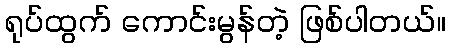
ရုပ်ထွက် ကောင်းမွန်တဲ့ ဖြစ်ပါတယ်။